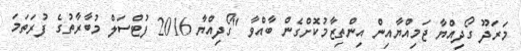
މަރަދޫ ގޯދިއްޔާ ޖަމިއްޔާއިން އިންތިޒާމުކޮށްގެން ބާއްވާ "ގޯދިއްޔާ 2016 ފުޓްސަލް މުބާރާތުގެ ފުރަތަމަ